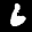
Label: 6